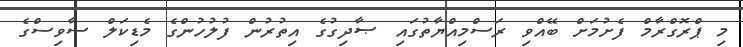
މި ޕްރޮގްރާމް ފެށުމަށް ބޭއްވި ރަސްމިއްޔާތުގައި ޞާދިގުގެ އިތުރުން ފުލުހުންގެ މެޑިކަލް ސާވިސްގެ